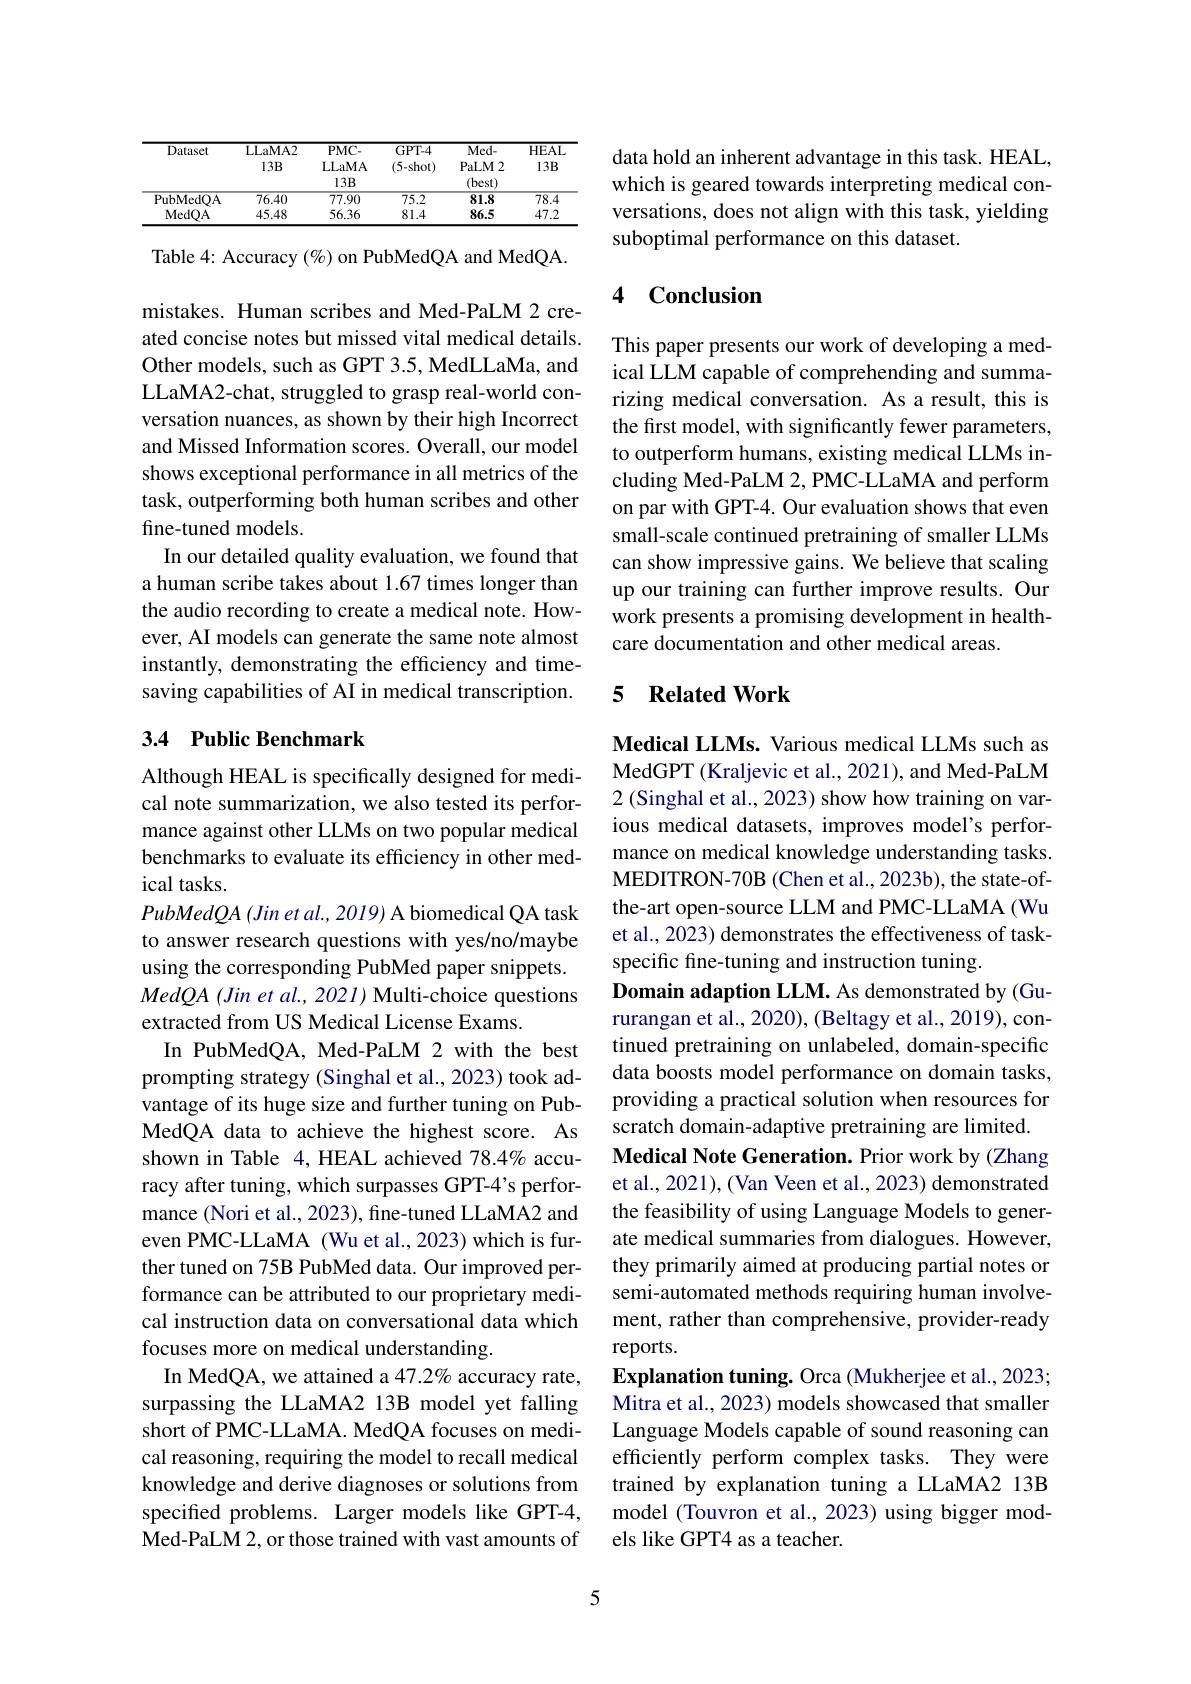
<table>
	<tbody>
		<tr>
			<th>Dataset</th>
			<th>LLaMA2 $13B$</th>
			<th>$PMC.$ LLaMA $13B$</th>
			<th>$GPT-4$ $(5-shot)$</th>
			<th>$Med-$ PaLM2 (best)</th>
			<th>$\overline{HEAI}$ $13B$</th>
		</tr>
		<tr>
			<td>PubMedOA</td>
			<td>76.40</td>
			<td>77.90</td>
			<td>$\overline{75.2}$</td>
			<td>81.8</td>
			<td>$\overline{78.4}$</td>
		</tr>
		<tr>
			<td>MedOA</td>
			<td>45.48</td>
			<td>56.36</td>
			<td>81.4</td>
			<td>86.5</td>
			<td>47.2</td>
		</tr>
	</tbody>
</table>

Table 4: Accuracy $(\%)$ on PubMedQA and MedQA.

mistakes. Human scribes and Med-PaLM 2 created concise notes but missed vital medical details. Other models, such as GPT 3.5, MedLLaMa, and LLaMA2-chat, struggled to grasp real-world conversation nuances, as shown by their high Incorrect and Missed Information scores. Overall, our model shows exceptional performance in all metrics of the task, outperforming both human scribes and other fine-tuned models.
In our detailed quality evaluation, we found that a human scribe takes about 1.67 times longer than the audio recording to create a medical note. However, AI models can generate the same note almost instantly, demonstrating the efficiency and timesaving capabilities of AI in medical transcription.

## 3.4 Public Benchmark

Although HEAL is specifically designed for medical note summarization, we also tested its performance against other LLMs on two popular medical benchmarks to evaluate its efficiency in other medical tasks.
$PubMedQA\left(Jin\:et\:al.,2019\right)$A biomedical QA task to answer research questions with yes/no/maybe using the corresponding PubMed paper snippets. MedQA (Jin et al., 2021) Multi-choice questions extracted from US Medical License Exams.
In PubMedQA, Med-PaLM 2 with the best prompting strategy (Singhal et al., 2023) took advantage of its huge size and further tuning on PubMedQA data to achieve the highest score. As shown in Table 4,HEAL achieved 78.4% accuracy after tuning, which surpasses GPT-4's performance (Nori et al., 2023), fine-tuned LLaMA2 and even PMC-LLaMA (Wu et al., 2023) which is further tuned on 75B PubMed data. Our improved performance can be attributed to our proprietary medical instruction data on conversational data which focuses more on medical understanding.
In MedQA, we attained a 47.2% accuracy rate, surpassing the LLaMA2 13B model yet falling short of PMC-LLaMA. MedQA focuses on medical reasoning, requiring the model to recall medical knowledge and derive diagnoses or solutions from specifed problems. Larger models like GPT-4, Med-PaLM 2, or those trained with vast amounts of

5

data hold an inherent advantage in this task. HEAL, which is geared towards interpreting medical conversations, does not align with this task, yielding suboptimal performance on this dataset.

## 4 Conclusion

This paper presents our work of developing a medical LLM capable of comprehending and summarizing medical conversation. As a result, this is the first model, with significantly fewer parameters, to outperform humans, existing medical LLMs including Med-PaLM 2, PMC-LLaMA and perform on par with GPT-4. Our evaluation shows that even small-scale continued pretraining of smaller LLMs can show impressive gains. We believe that scaling up our training can further improve results. Our work presents a promising development in healthcare documentation and other medical areas.

## 5 Related Work

Medical LLMs. Various medical LLMs such as MedGPT (Kraljevic et al., 2021), and Med-PaLM 2(Singhal et al., 2023) show how training on various medical datasets, improves model's performance on medical knowledge understanding tasks. MEDITRON-70B (Chen et al.,2023b), the state-ofthe-art open-source LLM and PMC-LLaMA (Wu et al., 2023) demonstrates the effectiveness of taskspecific fine-tuning and instruction tuning.
Domain adaption LLM. As demonstrated by (Gururangan et al., 2020), (Beltagy et al., 2019), continued pretraining on unlabeled, domain-specific data boosts model performance on domain tasks, providing a practical solution when resources for scratch domain-adaptive pretraining are limited. Medical Note Generation. Prior work by (Zhang et al., 2021), (Van Veen et al., 2023) demonstrated the feasibility of using Language Models to generate medical summaries from dialogues. However, they primarily aimed at producing partial notes or semi-automated methods requiring human involvement, rather than comprehensive, provider-ready reports.
Explanation tuning. Orca (Mukherjee et al., 2023; Mitra et al., 2023) models showcased that smaller Language Models capable of sound reasoning can efficiently perform complex tasks. They were trained by explanation tuning a LLaMA2 13B model (Touvron et al., 2023) using bigger models like GPT4 as a teacher.